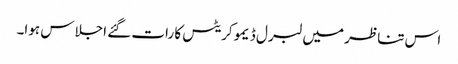
اس تناظر میں لبرل ڈیمو کریٹس کا رات گئے اجلاس ہوا۔